Report on plague in the Punjab from October 1st ... to September 30th ..., being the ... season of plague in the province
Disease focus: Plague
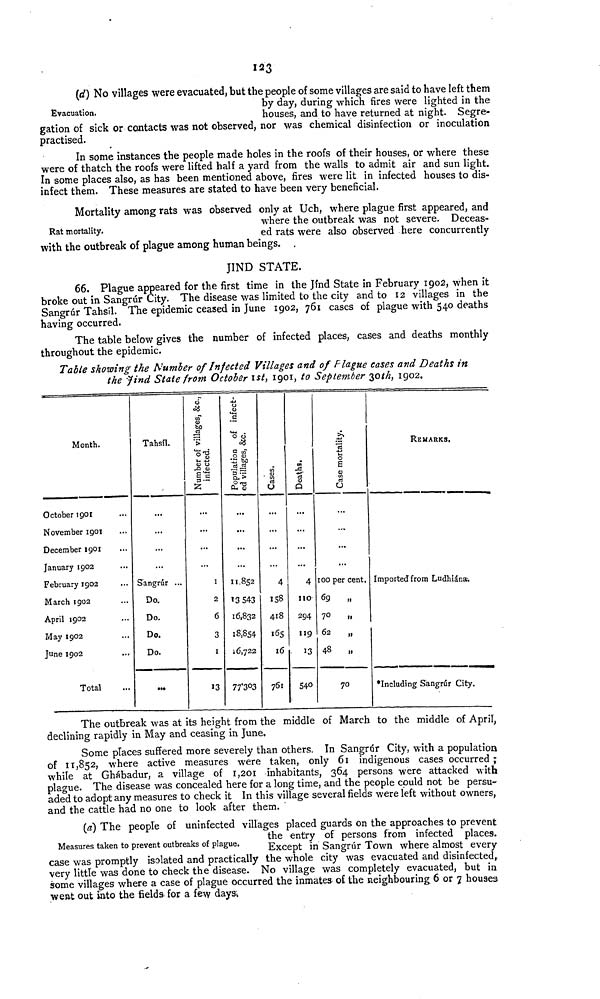
123
Evacuation.
(d) No villages were evacuated, but the people of some villages are said to have left them
by day, during which fires were lighted in the
houses, and to have returned at night. Segre-
gation of sick or contacts was not observed, nor was chemical disinfection or inoculation
practised.
In some instances the people made holes in the roofs of their houses, or where these
were of thatch the roofs were lifted half a yard from the walls to admit air and sun light.
In some places also, as has been mentioned above, fires were lit in infected houses to dis-
infect them. These measures are stated to have been very beneficial.
Rat mortality.
Mortality among rats was observed only at Uch, where plague first appeared, and
where the outbreak was not severe. Deceas-
ed rats were also observed here concurrently
with the outbreak of plague among human beings. ,
JIND STATE.
66. Plague appeared for the first time in the Jind State in February 1902, when it
broke out in Sangrúr City. The disease was limited to the city and to 12 villages in the
Sangrúr Tahsíl. The epidemic ceased in June 1902, 761 cases of plague with 540 deaths
having occurred.
The table below gives the number of infected places, cases and deaths monthly
throughout the epidemic.
Table showing the Number of Infected Villages and of Plague cases and Deaths in
the Jind State from October ist, 1901, to September 30th, 1902.
Month.
October 1901
November 1901
December 1901
January 1902
February 1902
March 1902
April 1902
May 1902
June 1902
Total
...
...
...
...
...
...
...
...
...
...
Tahsíl.
...
...
...
...
Sangrur ...
Do.
Do.
Do.
Do.
...
Number of villages,infected
...
...
...
...
1
2
6
3
1
13
Population of infected villages,
...
...
...
...
11,852
'3S43
16,832
18,854
6,722
77.303
Cases.
...
...
...
...
4
158
418
165
16
761
Deaths
...
...
...
...
4
110
294
119
13
540
case mortality.
...
...
...
100 per cent.
69
„
70
„
62
„
48
„
70
REMARKS.
Imported from Ludhián.
including Sangrúr City.
The outbreak was at its height from the middle of March to the middle of April,
declining rapidiy in May and ceasing in June.
Some places suffered more severely than others. In Sangrar City, with a population
of 11,852, where active measures were taken, only 61 indigenous cases occurred;
while at Ghábadur, a village of 1,201 inhabitants, 364 persons were attacked with
plague. The disease was concealed here for a long time, and the people could not be persu-
aded to adopt any measures to check it In this village several fields were left without owners,
and the cattle had no one to look after them.
Measures taken to prevent outbreaks of plague.
(a) The people of uninfected villages placed guards on the approaches to prevent
the entry of persons from infected places.
Except in Sangrúr Town where almost every
case was promptly isolated and practically the whole city was evacuated and disinfected,
very little was done to check the disease. No village was completely evacuated, but in
some villages where a case of plague occurred the inmates of the neighbouring 6 or 7 houses
went out into the fields, for a few daysi